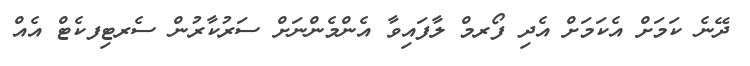
ދޭނެ ކަމަށް އެކަމަށް އެދި ފޯރމް ލާފައިވާ އެންމެންނަށް ސަރުކާރުން ސެރޓިފކެޓް އެއް